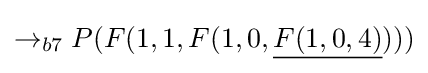
\rightarrow _{b7}P(F(1,1,F(1,0,{\underline {F(1,0,4)}})))